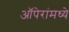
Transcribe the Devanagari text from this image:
ऑपेरांमध्ये